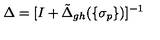
\Delta = [ I + \tilde { \Delta } _ { g h } ( \{ \sigma _ { p } \} ) ] ^ { - 1 }